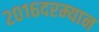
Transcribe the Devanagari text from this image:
२०१६दरम्यान